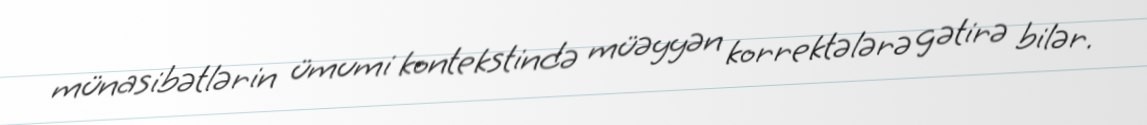
münasibətlərin ümumi kontekstində müəyyən korrektələrə gətirə bilər.